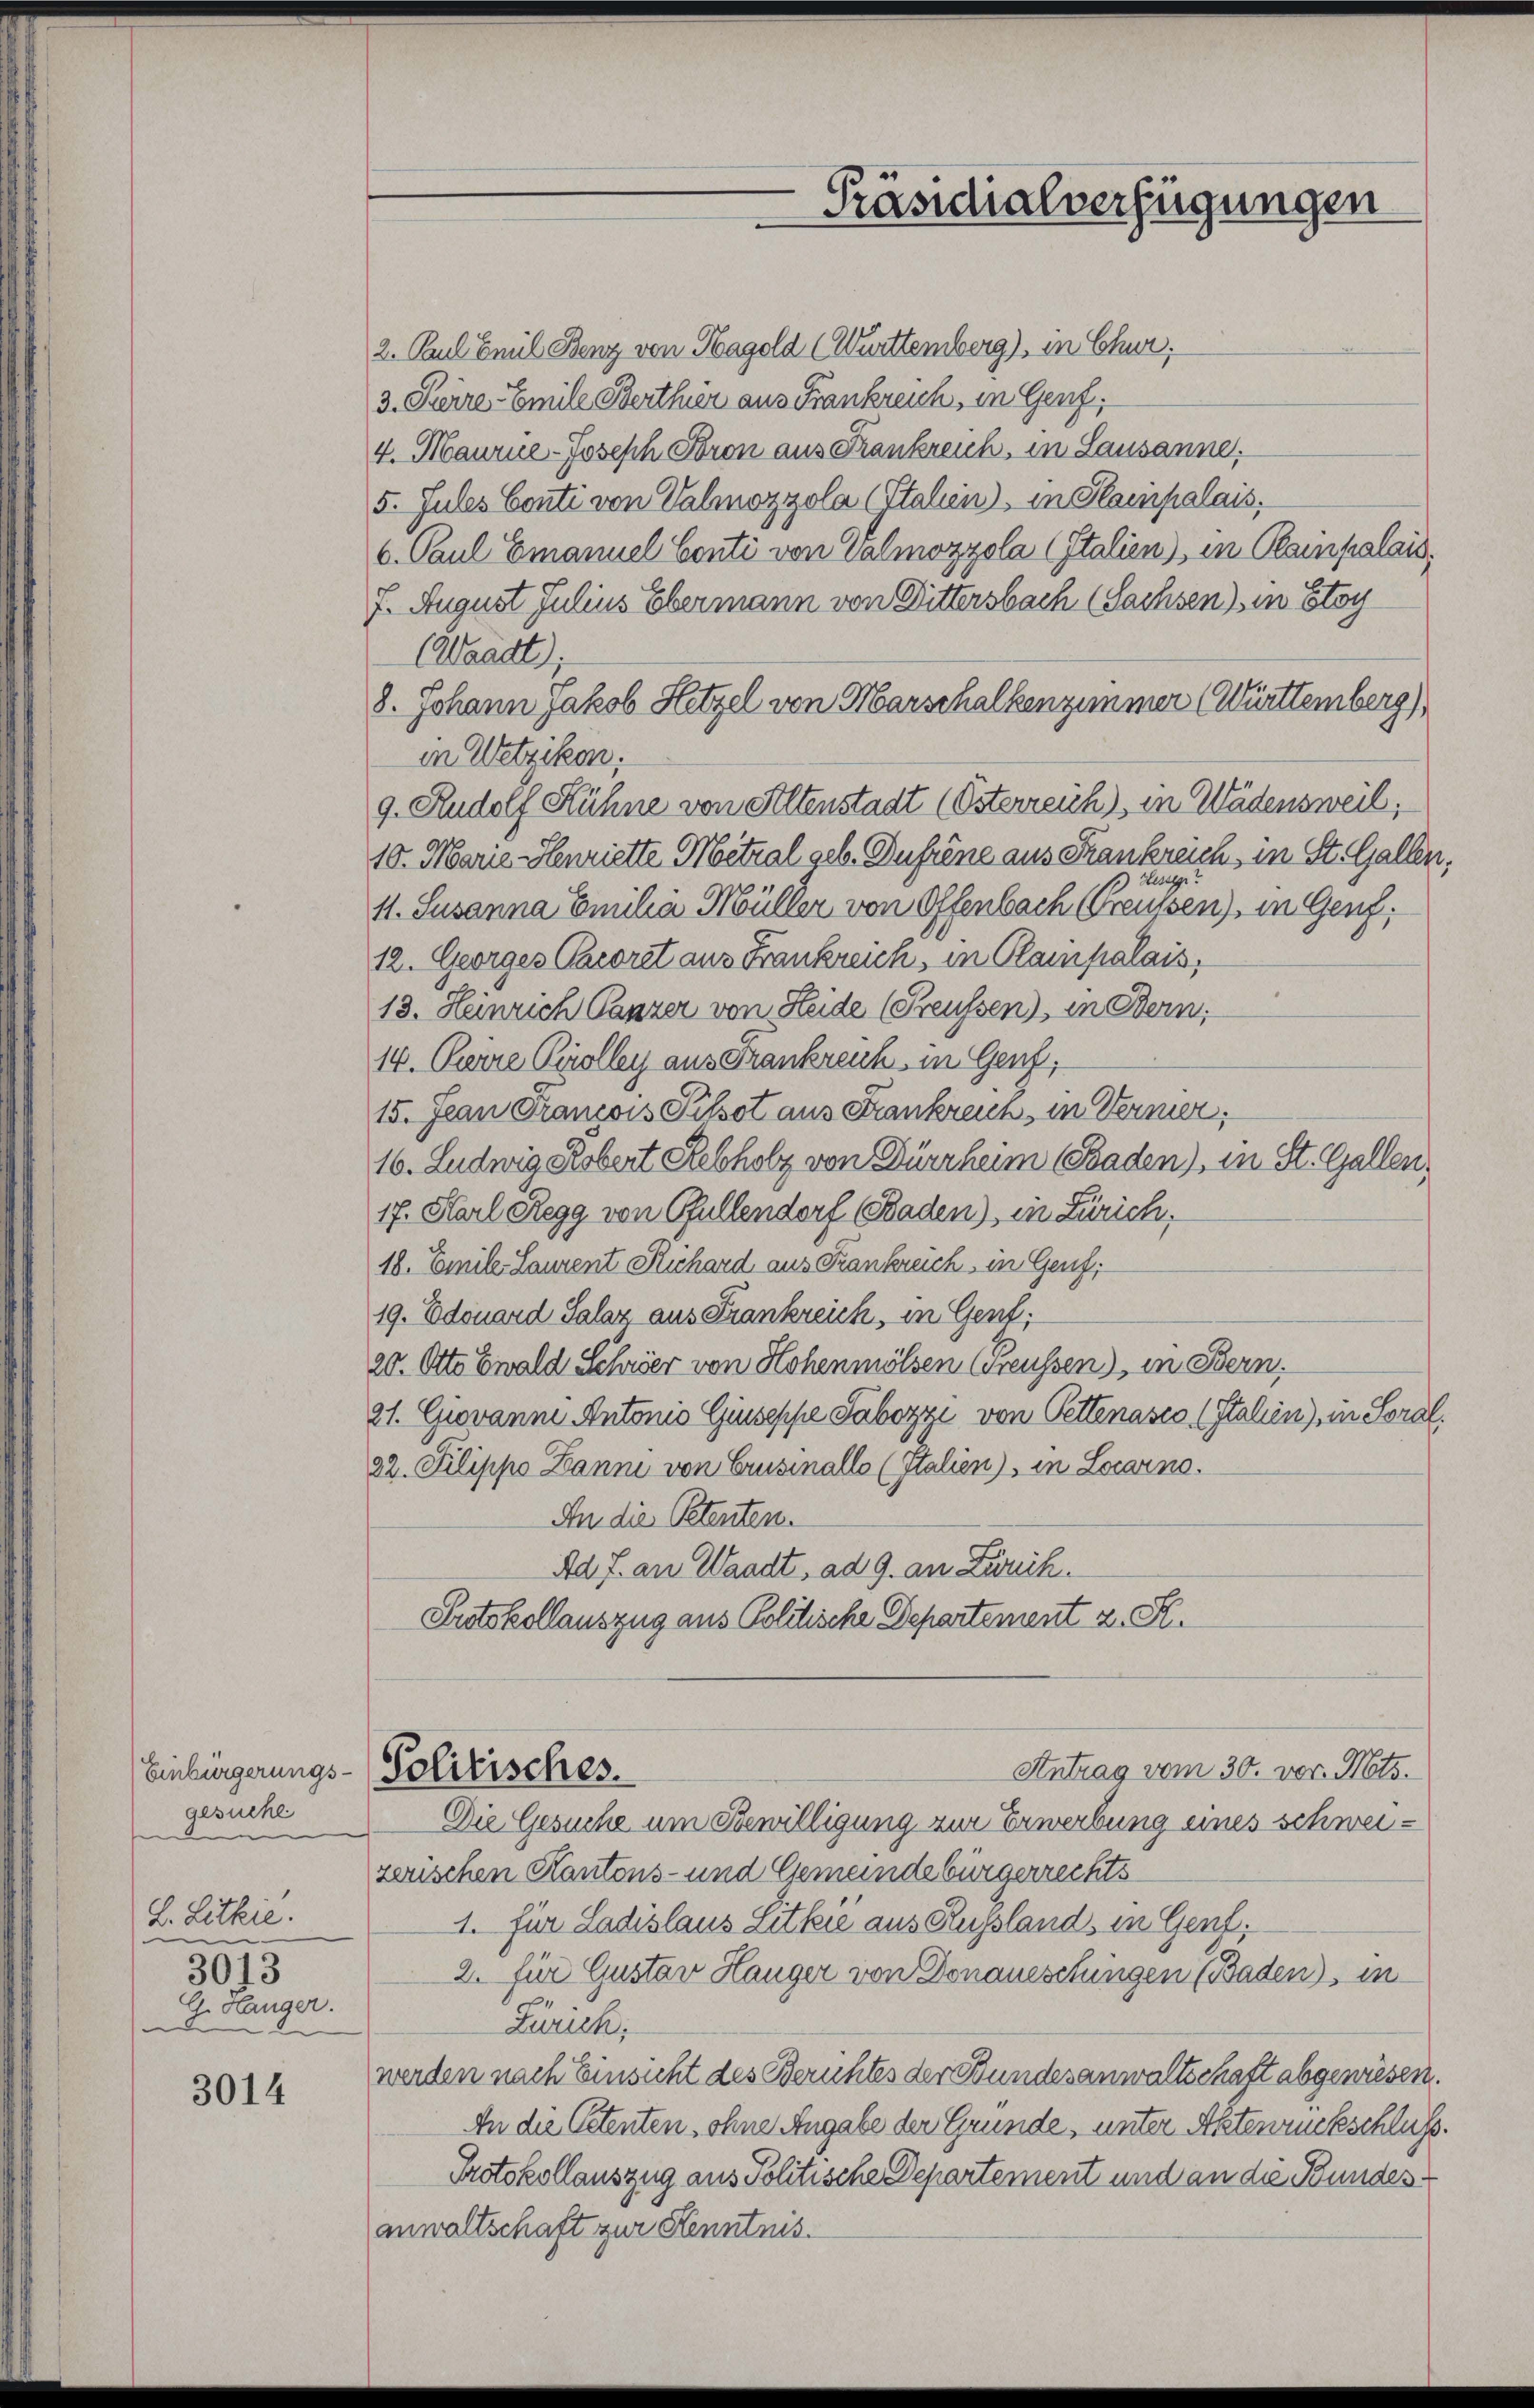
Einbürgerungs-
gesuche
L. Littre.
3013
G. Hanger.

3014

Politisches.

Präsidialverfügungen

2. Paul Emil Benz von Hagold (Württemberg), in Chur,
3. Peire Emile Berthur aus Frankreich, in Genf.
4. Maurue-Joseph Fron aus Frankreich, in Lausanne.
5. Jules Conti von Valmozzola (Italien), in Stainpalais,
6. Paul Emanuel Conti von Valmozzola (Italien), in Plainpalais
7. August Julius Ebermann von Dittersbach (Sachsen) in Stoy
(Waadt;
8. Johann Jakob Hetzel von Marschalkenzimmer (Württemberg)
in Wetzikon;
9. Rudolf Kühne von Altenstadt (Österreich), in Wädensweil,
10. Marie-Henriette Mitral geb. Duhrene aus Frankreich in St. Gallen,
) Resige
11. Susanna Emilia Müller von Offenbach Greussen), in Genf,
12. Georges Paeoret aus Frankreich, in Plampalais,
13. Heinrich Panzer von Heide (Preussen), in Bern,
14. Ferie Kolley aus Frankreich, in Genf,
15. Jean Francois Pilsot aus Frankreich, in Vermer,
16. Ludwig Robert Rebholz von Dürrheim (Baden), in St. Gallen,
17. Karl Regg von Gfellendorf Baden), in Zürich,
18. Emile Laurent Richard aus Frankreich, in Genf,
19. Edouard Salar aus Frankreich, in Genf,
20. Otto Ewald Schwer von Hohenmölsen Freussen), in Bern,
21. Giovanne Antonio Giuseppe Tabozzi von Pettenasco (Italien), in Soral.
22. Pilippo Zanni von Grusinallo (Italien), in Locarno.
An die Petenten.
Ad J. an Waadt, ad 9. an Zweck.
Protokollauszug aus Politische Departement z. S.

Antrag vom 30. vor. Mts.
Die Gesuche um Bewilligung zur Erwerbung eines schweizerischen Kantons- und Gemeindebürgerrechts
1. Für Ladislaus Litkić aus Russland, in Genf.
2. für Gustav Hanger von Donaueschungen (Baden), in
Zürich,
werden nach Einsicht des Berichtes der Bundesanwaltschaft abgewiesen.
An die Oetenten ohne Angabe der Gründe, unter Aktenrückschluss.
Protokollauszug aus Politische Departement und an die Bundesanwaltschaft zur Kenntnis.